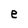
Character: e